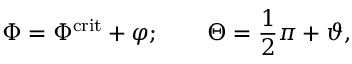
\Phi = \Phi ^ { \mathrm { c r i t } } + \varphi ; \qquad \Theta = \frac { 1 } { 2 } \pi + \vartheta ,